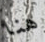
هنا